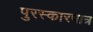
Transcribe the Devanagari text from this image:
पुरस्कारपात्र